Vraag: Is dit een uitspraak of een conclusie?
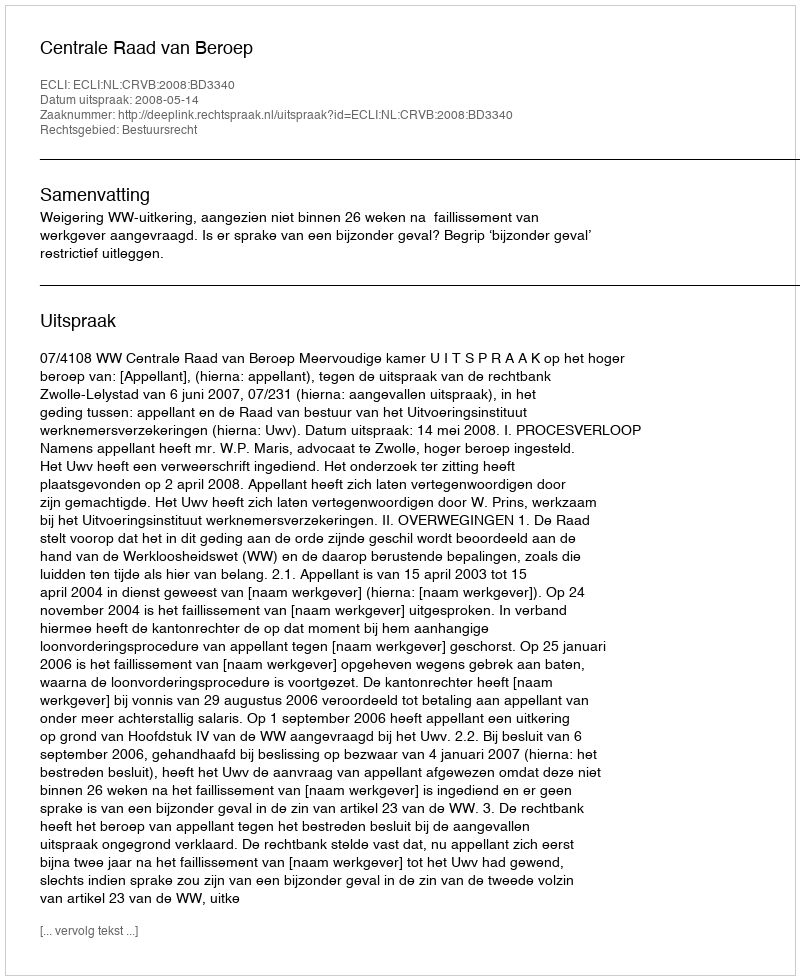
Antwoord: Uitspraak